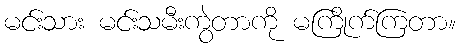
မင်းသား မင်းသမီးကွဲတာကို မကြိုက်ကြတာ။